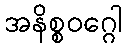
အနိစ္စဝဂ္ဂေါ